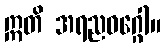
ဣတိ အရညဝဂ္ဂေါ။